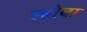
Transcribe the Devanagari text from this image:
ल्होबा